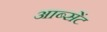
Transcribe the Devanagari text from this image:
आब्सेंट